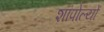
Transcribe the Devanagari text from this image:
शांपोल्यों